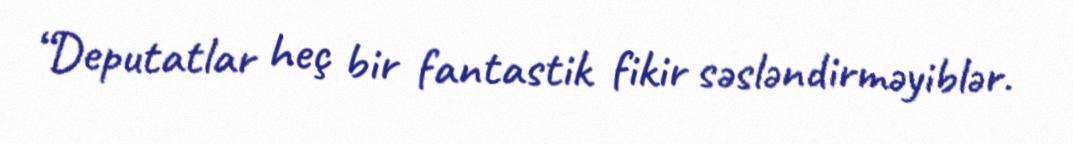
“Deputatlar heç bir fantastik fikir səsləndirməyiblər.